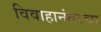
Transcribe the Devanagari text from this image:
विवाहानंतरचा